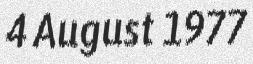
4 August 1977